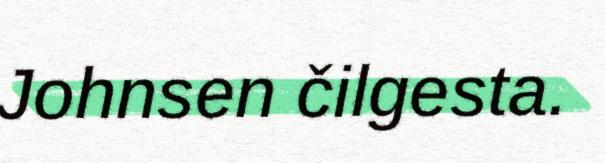
Johnsen čilgesta.